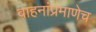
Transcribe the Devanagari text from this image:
वाहनांप्रमाणेच